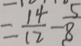
= \frac { 1 4 } { 1 2 } - \frac { 5 } { 8 }